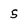
Character: 5